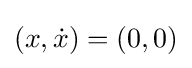
(x,{\dot {x}})=(0,0)